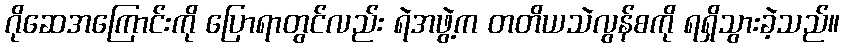
ဂိုဆေအကြောင်းကို ပြောရာတွင်လည်း ရဲအဖွဲ့က တတိယသဲလွန်စကို ရရှိသွားခဲ့သည်။